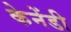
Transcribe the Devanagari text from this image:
केनेंडी